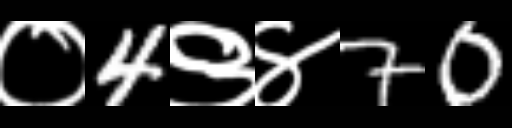
Text: ०4९४70